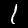
Label: 1